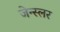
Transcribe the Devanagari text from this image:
जेन्स्लर